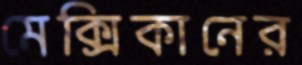
মেক্সিকানের